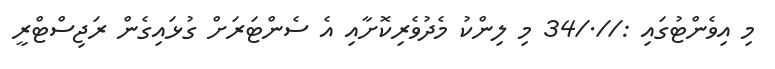
މި އިވެންޓުގައި ://./34 މި ލިންކު މެދުވެރިކޮށާއި އެ ސެންޓަރަށް ގުޅައިގެން ރަޖިސްޓްރީ